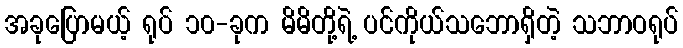
အခုပြောမယ့် ရုပ် ၁၀-ခုက မိမိတို့ရဲ့ ပင်ကိုယ်သဘောရှိတဲ့ သဘာဝရုပ်